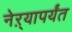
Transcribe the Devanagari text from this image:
नेऱ्यापर्यंत